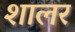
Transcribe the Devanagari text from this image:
शालर